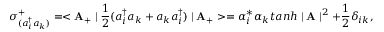
\sigma _ { ( a _ { i } ^ { \dag } a _ { k } ) } ^ { + } = < { \bf A } _ { + } \mid \frac { 1 } { 2 } ( a _ { i } ^ { \dag } a _ { k } + a _ { k } a _ { i } ^ { \dag } ) \mid { \bf A _ { + } } > = \alpha _ { i } ^ { * } \alpha _ { k } t a n h \mid { \bf A } \mid ^ { 2 } + \frac { 1 } { 2 } \delta _ { i k } , \nonumber \,